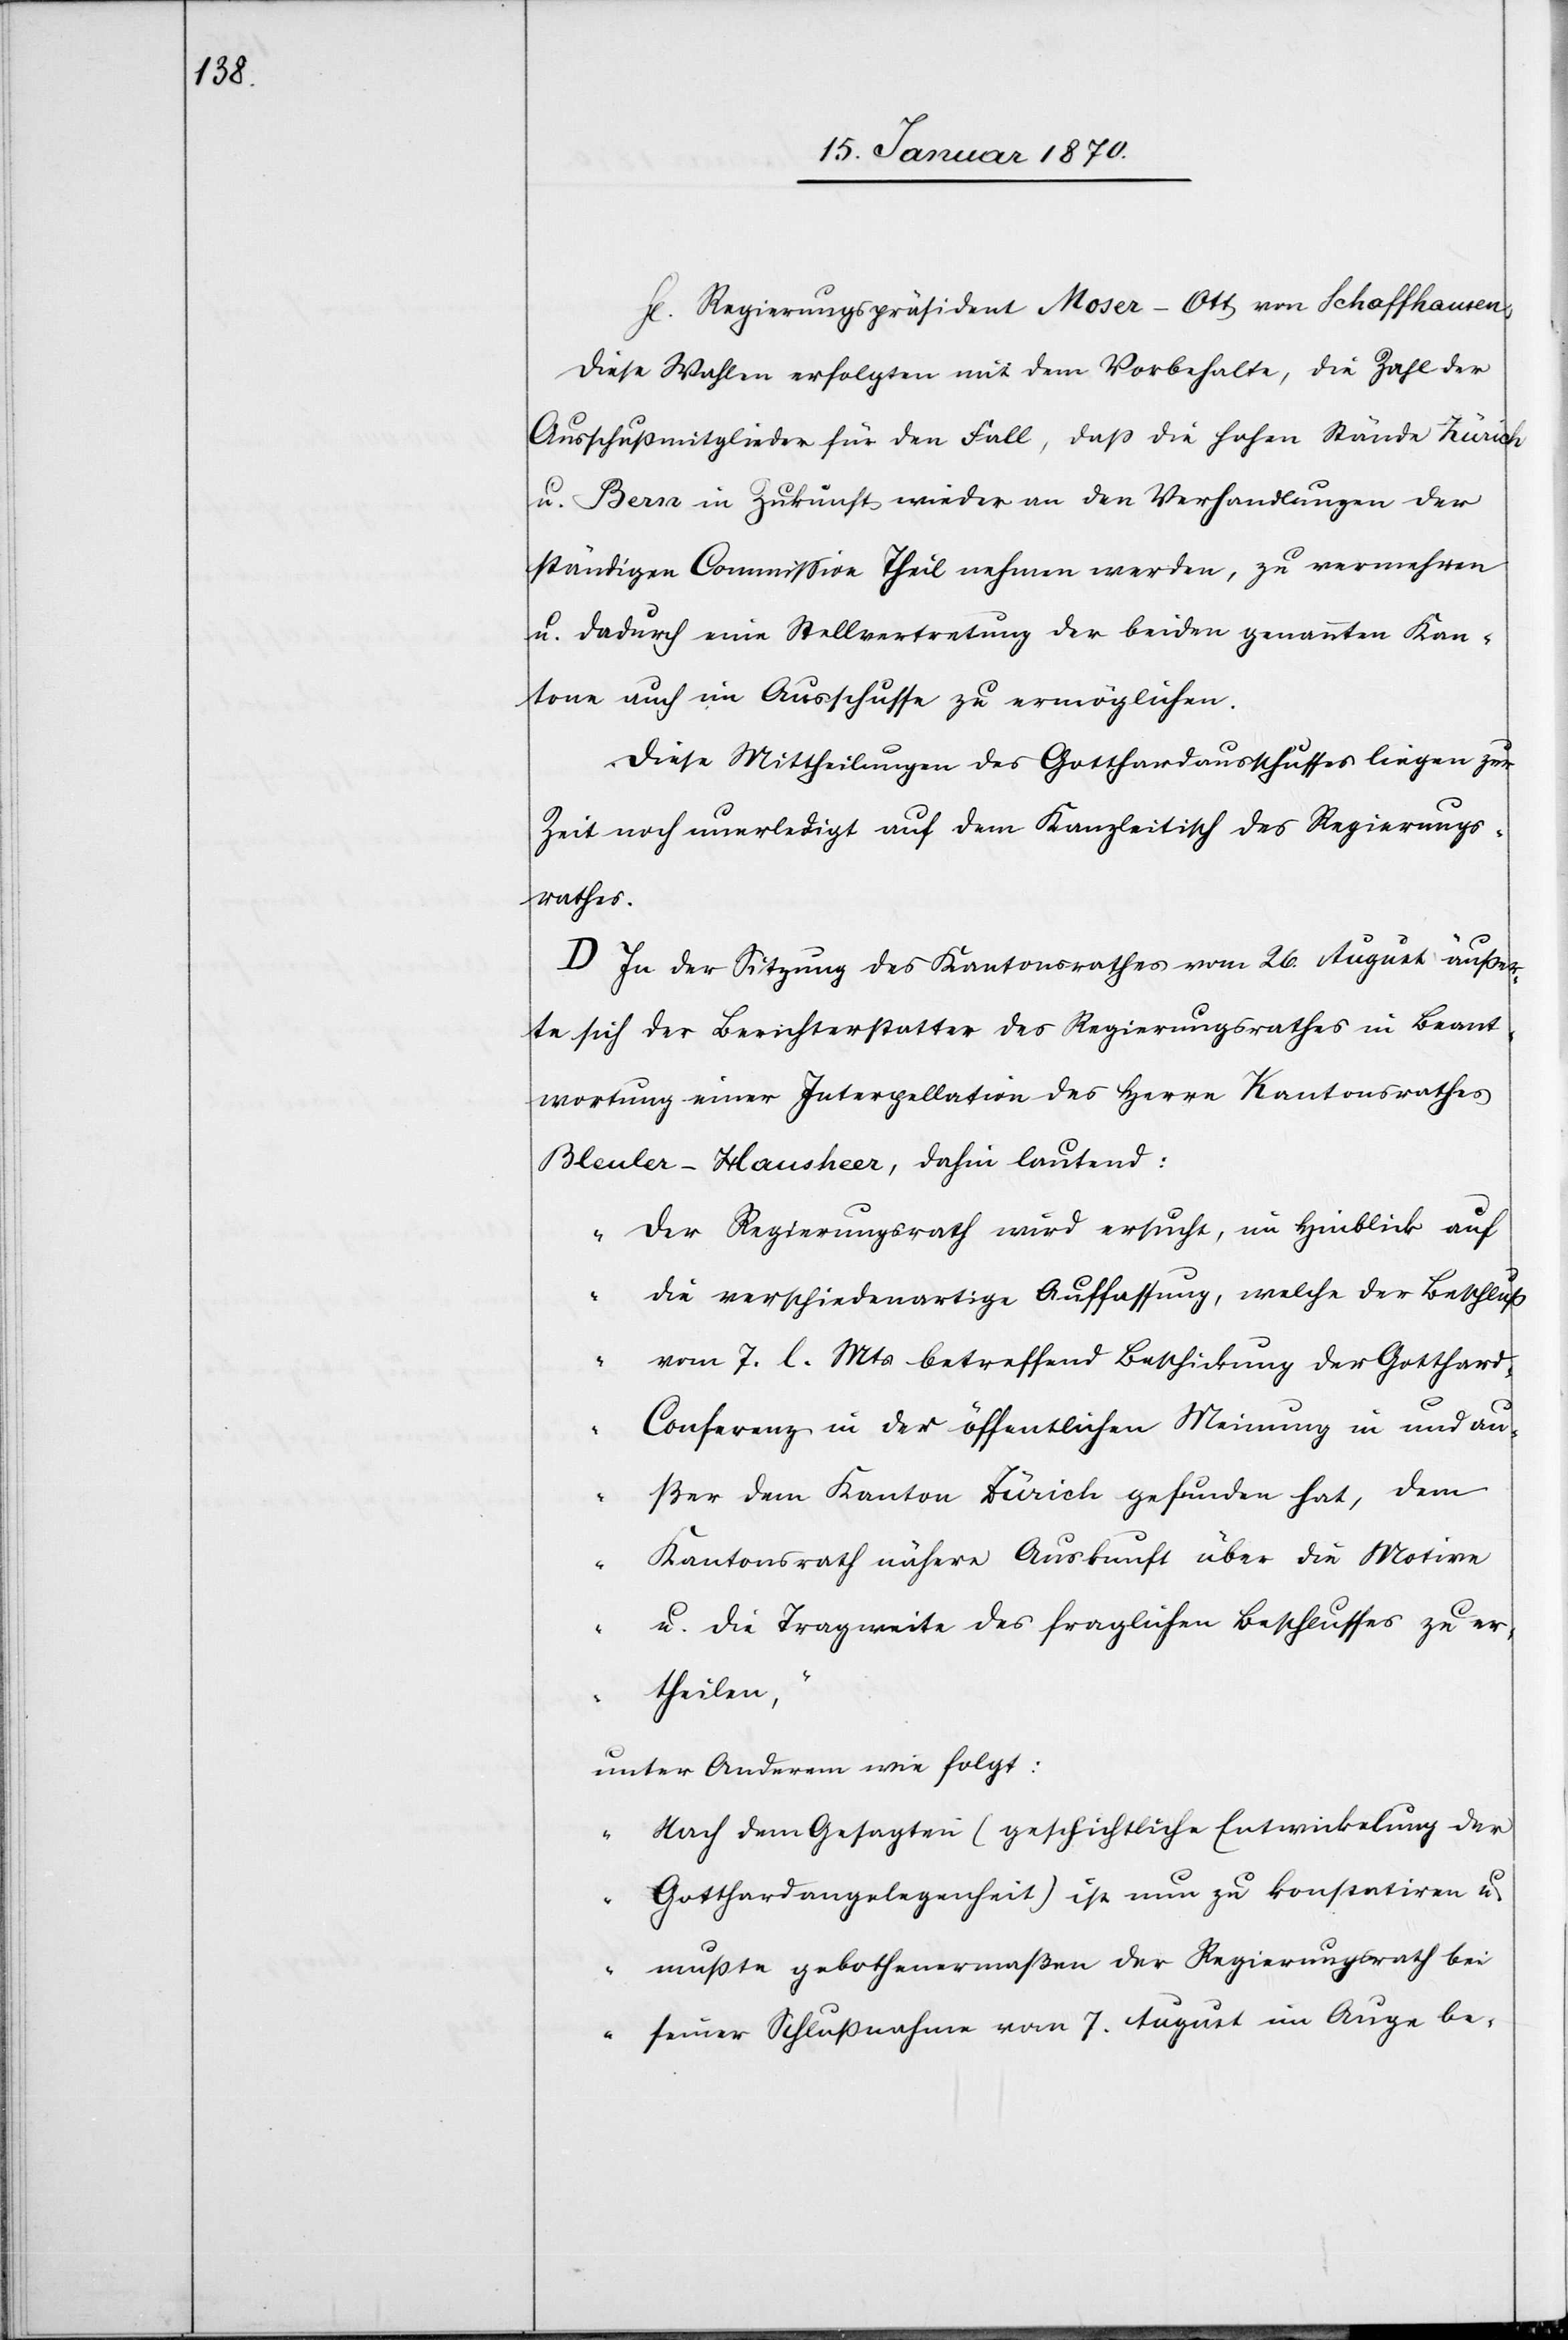
H.	Regierungspräsident Moser-Ott von Schaffhausen,
Diese Wahlen erfolgten mit dem Vorbehalte, die Zahl der
Ausschußmitglieder für den Fall, daß die hohen Stände Zürich
u. Bern in Zukunft wieder an den Verhandlungen der
ständigen Commission Theil nehmen werden, zu vermehren
u. dadurch eine Stellvertretung der beiden genannten Kan¬
tone auch im Ausschusse zu ermöglichen.
Diese Mittheilungen des Gotthardausschusses liegen zur
Zeit noch unerledigt auf dem Kanzleitisch des Regierungs¬
rathes.
D. In der Sitzung des Kantonsrathes vom 26. August äußer¬
te sich der Berichterstatter des Regierungsrathes in Beant¬
wortung einer Interpellation des Herrn Kantonsrathes
Bleuler-Hausheer, dahin lautend:
„Der Regierungsrath wird ersucht, im Hinblick auf
die verschiedenartige Auffassung, welche der Beschluß
vom 7. l. Mts betreffend Beschickung der Gotthar¬
d-Conferenz in der öffentlichen Meinung in und au¬
ßer dem Kanton Zürich gefunden hat, dem
Kantonsrath nähere Auskunft über die Motive
u. die Tragweite des fraglichen Beschlusses zu er¬
theilen,“
unter Anderem wie folgt:
„Nach dem Gesagten (geschichtliche Entwickelung der
Gotthardangelegenheit) ist nun zu konstatiren u.
mußte gebothenermaßen der Regierungsrath bei
seiner Schlußnahme vom 7. August im Auge be-